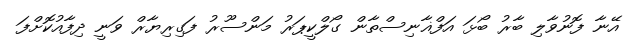
އޭނާ ފޮނުވާލި ބާރު ބޯޅަ އަފްޣާނިސްތާން ގޯލްކީޕަރު މަންސޫރު ފަގިރިޔާރް ވަނީ ދިފާއުކޮށްފަ